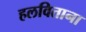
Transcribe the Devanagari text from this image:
हलविताना